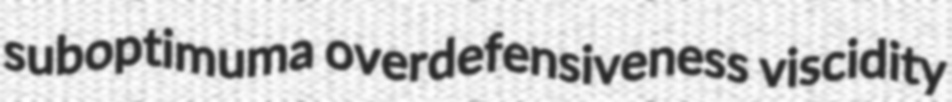
suboptimuma overdefensiveness viscidity